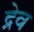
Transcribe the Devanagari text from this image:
द्रेव